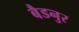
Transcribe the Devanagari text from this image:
बैडनुर